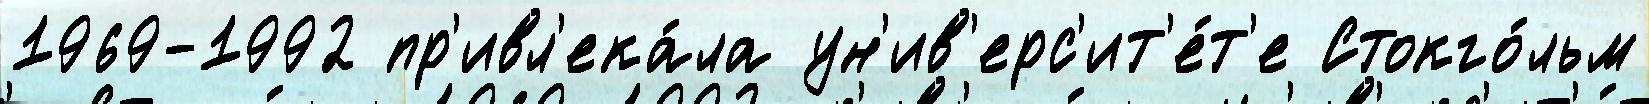
1969-1992 пр'ивл'ека́ла ун'ив'ерс'ит'е́т'е Стокго́льм